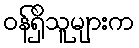
ဝန်ရှိသူများက